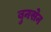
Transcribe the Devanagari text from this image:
बुनसेन